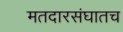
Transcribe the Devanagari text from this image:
मतदारसंघातच